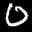
Label: 0